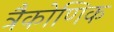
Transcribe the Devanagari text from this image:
त्रैकोणिक